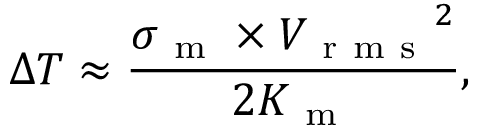
\Delta T \approx \frac { \sigma _ { \mathrm { ~ m ~ } } \times { V _ { \mathrm { ~ r ~ m ~ s ~ } } } ^ { 2 } } { 2 K _ { \mathrm { ~ m ~ } } } ,